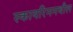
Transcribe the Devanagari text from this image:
स्कायरिममधील